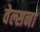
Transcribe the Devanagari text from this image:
वेल्सना